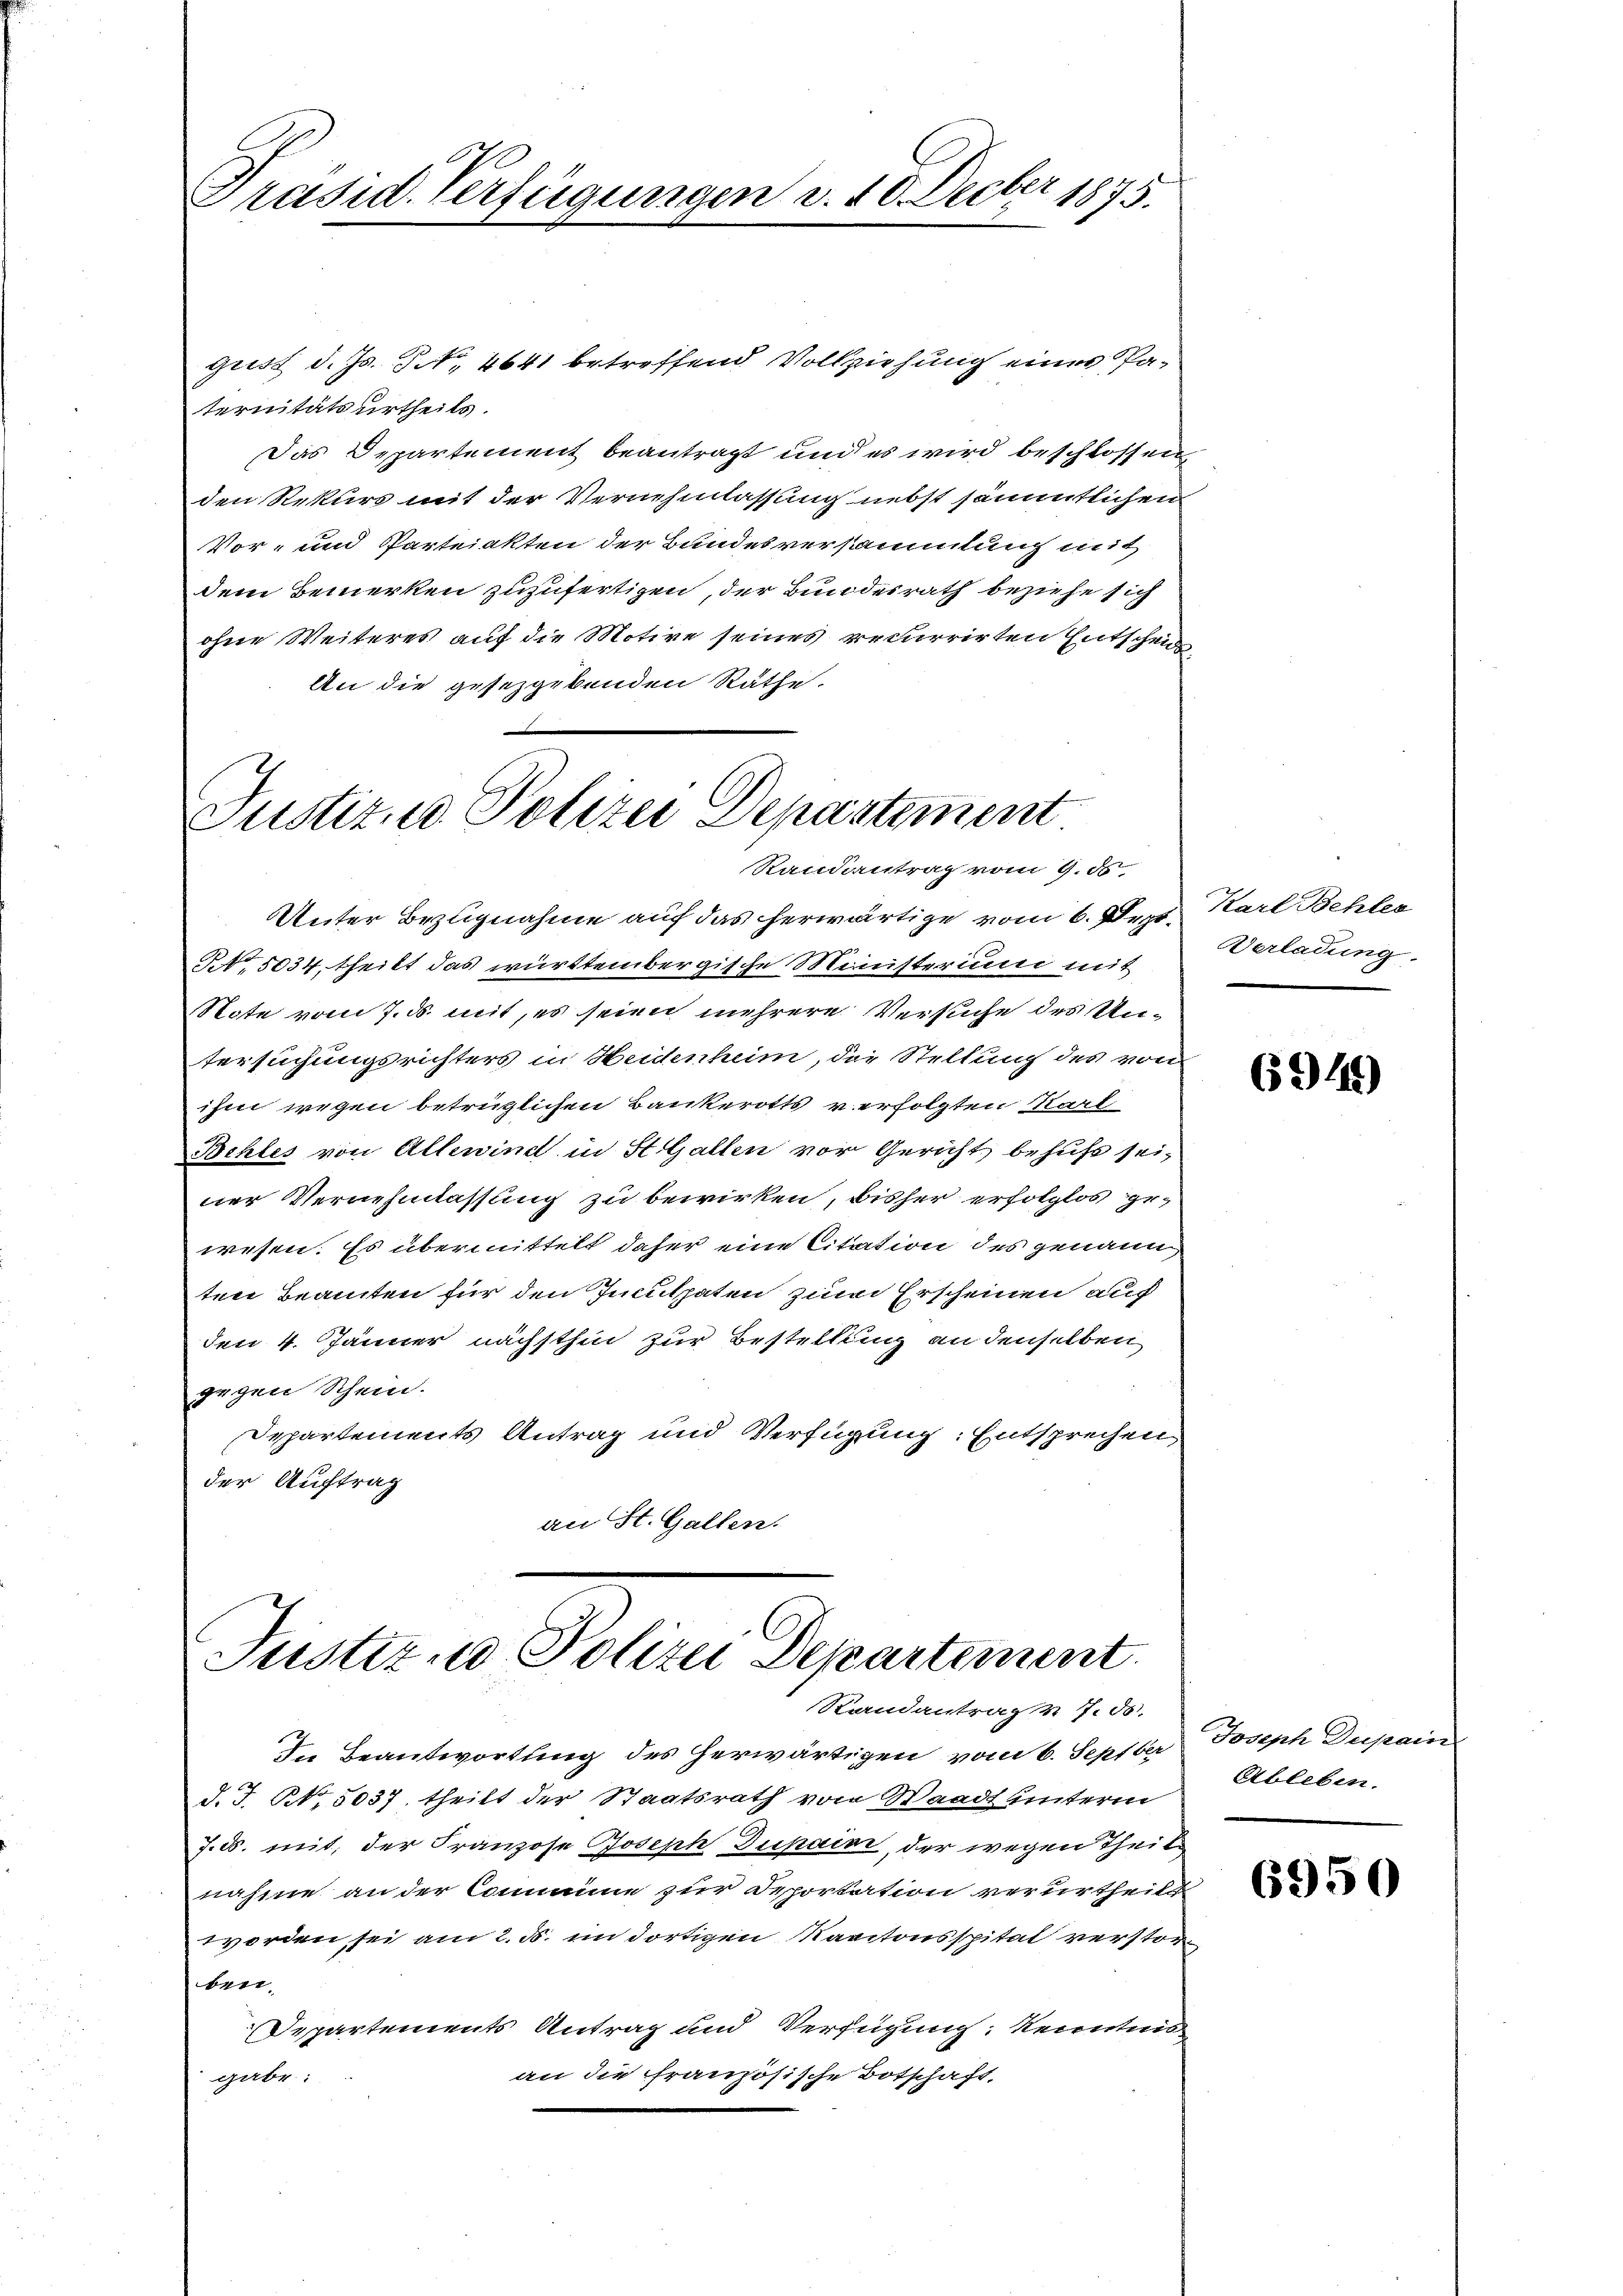
Präsid. Verfügungen v. 10. Decber 1875.

gust d. Js. § 1641 betreffend Vollziehung eines Paternitätsurtheils.
Das Departement beantragt und es wird beschlossen
den Rekurs mit der Vernehmlassung nebst sämmtlichen
Vor- und Parteiakten der Bundesversammlung mit
dem Bemerken zuzufertigen, der Bundesrath beziehe sich
ohne Weiteres auf die Motive seines recurrirten Entscheid
An die gesezgebenden Räthe.

Justizio Polizei Departement
Randantrag vom 9. ds.

Unter Bezugnahme auf das herwärtige vom 6. Sept¬
P.5034, theilt das württembergische Ministerium mit
Note vom 7. ds. mit, es seien mehrere Versuche des Untersuchungsrichters in Heidenheim, die Stellung des von
ihm wegen betrüglichen Bankerotts verfolgten Stark
Behles von Allewind in St. Gallen vor Gericht behufs sei,
ner Vernehmlassung zu bewirken, bisher erfolglos gewesen. Es übermittelt daher eine Citation des genann
ten Beamten für den Inculpaten zum Erscheinen auch
den 4. Jänner nächsthin zur Bestellung an denselben
gegen Schein.
Departements Antrag und Verfügung: Entsprechen,
der Auftrag
an St. Gallen.

Justiz und Polizei Departement.
Randantrag v. 7. ds.

In Beantwortung des herwärtigen vom 6. Septber
d. J. Nr. 5037, theilt der Staatsrath von Waadt unterm
J. d. mit, der Franzose Joseph Dupain, der wegen Theil
nahme an der Comme zur Deportation verurtheilt
worden sei am 2. ds. im dortigen Kantonsspital verstor
ben.
Departements Antrag und Verfügung Kenntnis
an die französische Botschaft,
gabe:

Karl Behler
Verladung

6949)

Joseph Dupain
Ableben.

6950